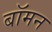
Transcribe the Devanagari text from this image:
बॉमन